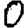
Digit: 0